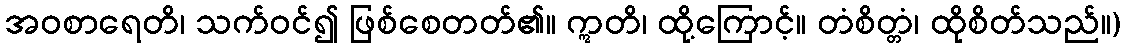
အဝစာရေတိ၊ သက်ဝင်၍ ဖြစ်စေတတ်၏။ ဣတိ၊ ထို့ကြောင့်။ တံစိတ္တံ၊ ထိုစိတ်သည်။)